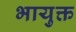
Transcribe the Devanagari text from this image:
भायुक्त